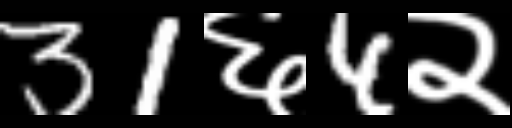
Text: 31६4२